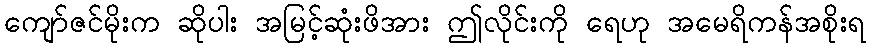
ကျော်ဇင်မိုးက ဆိုပါး အမြင့်ဆုံးဖိအား ဤလိုင်းကို ရေဟု အမေရိကန်အစိုးရ